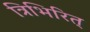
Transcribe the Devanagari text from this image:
त्रिभिरित्